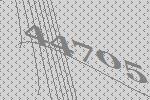
44705